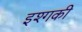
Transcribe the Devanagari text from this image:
इश्गकी